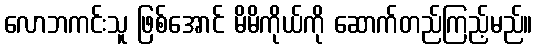
လောဘကင်းသူ ဖြစ်အောင် မိမိကိုယ်ကို ဆောက်တည်ကြည့်မည်။